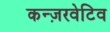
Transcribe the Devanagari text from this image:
कन्ज़रवेटिव